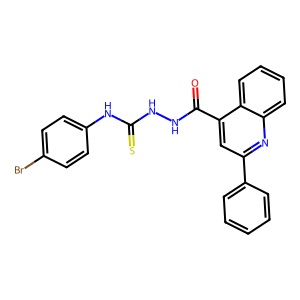
SMILES: O=C(NNC(=S)Nc1ccc(Br)cc1)c1cc(-c2ccccc2)nc2ccccc12
Inhibits HIV replication: No